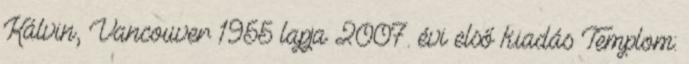
Kálvin, Vancouver 1955 lapja 2007. évi első kiadás Templom: